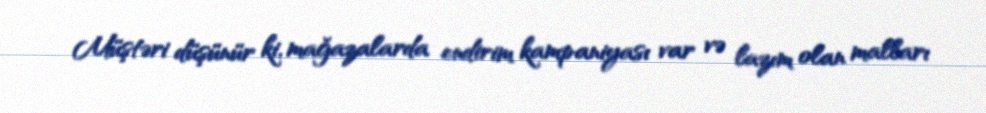
Müştəri düşünür ki, mağazalarda endirim kampaniyası var və lazım olan malları